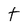
Character: t